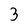
Character: 3